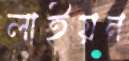
লাইয়ন